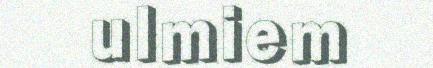
ulmiem